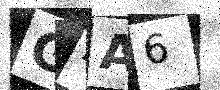
Text: G4A6